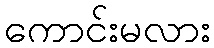
ကောင်းမလား